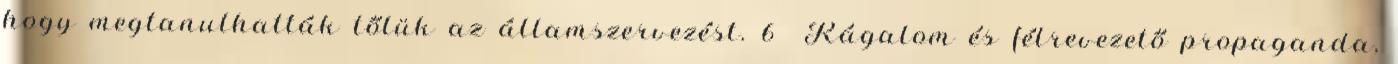
hogy megtanulhatták tőlük az államszervezést. 6 Rágalom és félrevezető propaganda,